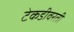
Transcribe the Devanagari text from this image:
टेकडीवरती